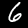
Digit: 6